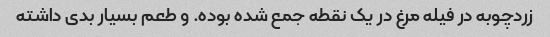
زردچوبه در فیله مرغ در یک نقطه جمع شده بوده. و طعم بسیار بدی داشته